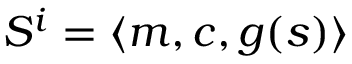
S ^ { i } = \langle m , c , g ( s ) \rangle